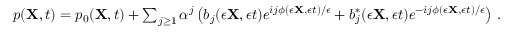
\begin{array} { r } { p ( { \mathbf { X } } , t ) = p _ { 0 } ( { \mathbf { X } } , t ) + \sum _ { j \geq 1 } \alpha ^ { j } \left( b _ { j } ( \epsilon { \mathbf { X } } , \epsilon t ) e ^ { i j \phi ( \epsilon { \mathbf { X } } , \epsilon t ) / \epsilon } + b _ { j } ^ { * } ( \epsilon { \mathbf { X } } , \epsilon t ) e ^ { - i j \phi ( \epsilon { \mathbf { X } } , \epsilon t ) / \epsilon } \right) \, . } \end{array}